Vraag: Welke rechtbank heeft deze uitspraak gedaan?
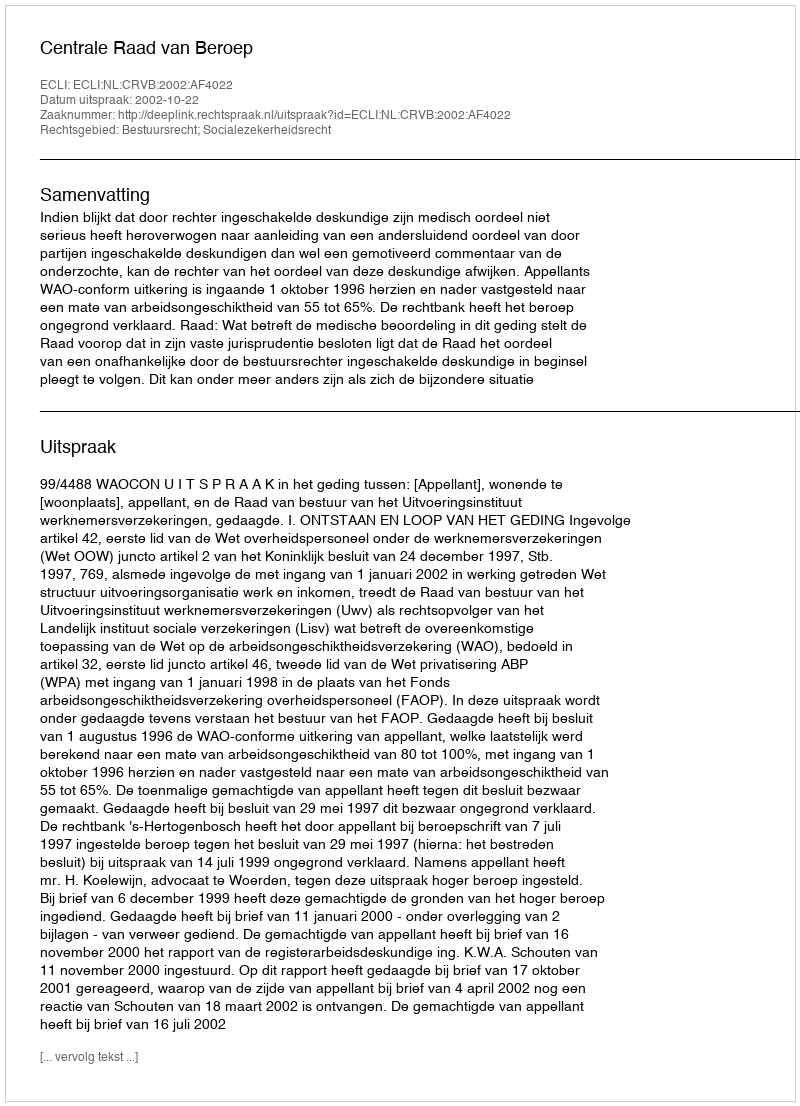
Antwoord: Centrale Raad van Beroep